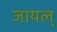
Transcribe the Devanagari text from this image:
जायल्